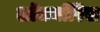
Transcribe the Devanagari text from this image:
लॉचनॉरिस